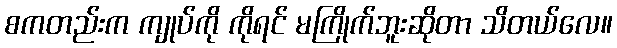
စကတည်းက ကျုပ်ကို ကိုရင် မကြိုက်ဘူးဆိုတာ သိတယ်လေ။